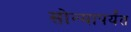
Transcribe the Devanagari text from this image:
सोन्यापर्यंत